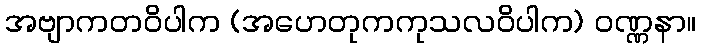
အဗျာကတဝိပါက (အဟေတုကကုသလဝိပါက) ဝဏ္ဏနာ။